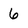
Character: 6